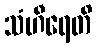
သံဟီရေတိ